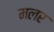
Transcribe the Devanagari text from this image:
मलर